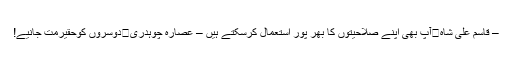
– قاسم علی شاہ	آپ بھی اپنے صلاحیتوں کا بھر پور استعمال کرسکتے ہیں – عصارہ چوہدری	دوسروں کوحقیرمت جانیے!